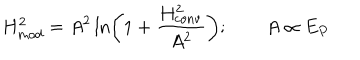
H _ { \mathrm { m o d } } ^ { 2 } = A ^ { 2 } \ln \left( 1 + { \frac { H _ { \mathrm { c o n v } } ^ { 2 } } { A ^ { 2 } } } \right) ; \qquad A \propto E _ { P }